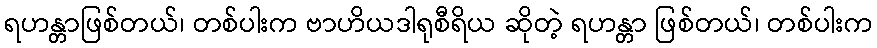
ရဟန္တာဖြစ်တယ်၊ တစ်ပါးက ဗာဟိယဒါရုစီရိယ ဆိုတဲ့ ရဟန္တာ ဖြစ်တယ်၊ တစ်ပါးက